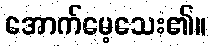
အောက်မေ့သေး၏။